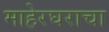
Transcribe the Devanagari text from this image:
माहेरघराचा